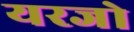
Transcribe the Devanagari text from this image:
यरजो